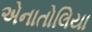
એનાતોલિયા